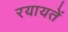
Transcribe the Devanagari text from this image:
रयायतें